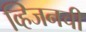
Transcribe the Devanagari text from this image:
व्हिजनची